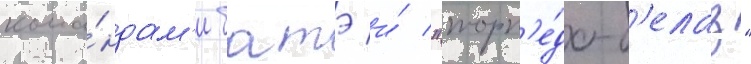
кома́ндам'и батэ и́ "торп'е́до-б'елаз"